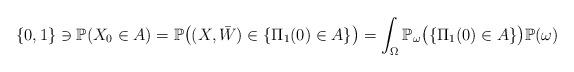
LaTeX: \begin{align*}\{0,1\} \ni \mathbb{P}(X_0 \in A) = \mathbb{P}\big((X,\bar{W})\in \{\Pi_1(0) \in A\}\big) = \int_{\Omega}\mathbb{P}_{\omega}\big(\{\Pi_1(0)\in A\}\big)\mathbb{P}(\omega)\end{align*}